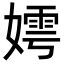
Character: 嫮